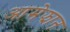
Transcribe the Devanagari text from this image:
आमेझान